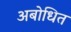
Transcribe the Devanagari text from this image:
अबोधित